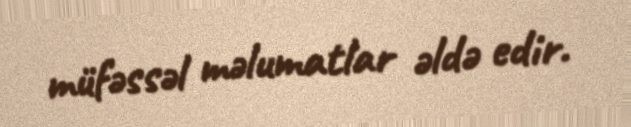
müfəssəl məlumatlar əldə edir.